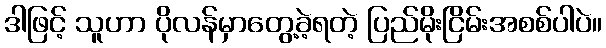
ဒါဖြင့် သူဟာ ပိုလန်မှာတွေ့ခဲ့ရတဲ့ ပြည်မိုးငြိမ်းအစစ်ပါပဲ။